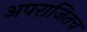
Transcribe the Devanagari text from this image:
अपराजितच